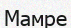
Мамре